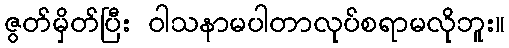
ဇွတ်မှိတ်ပြီး ဝါသနာမပါတာလုပ်စရာမလိုဘူး။